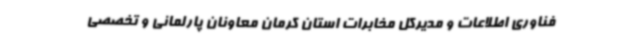
فناوری اطلاعات و مدیرکل مخابرات استان کرمان معاونان پارلمانی و تخصصی